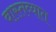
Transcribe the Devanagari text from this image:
वास्‍तव्‍यात